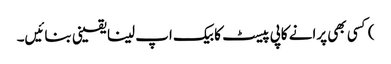
) کسی بھی پرانے کاپی پیسٹ کا بیک اپ لینا یقینی بنائیں۔